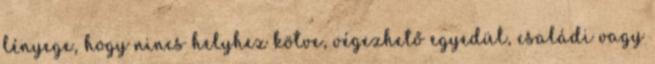
lényege, hogy nincs helyhez kötve, végezhető egyedül, családi vagy